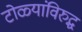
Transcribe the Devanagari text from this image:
टोळ्यांविरुद्ध